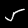
Label: 5